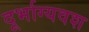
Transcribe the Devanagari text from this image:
दूर्भाग्यवश